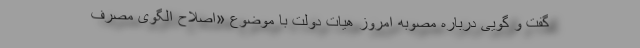
گفت و گویی درباره مصوبه امروز هیات دولت با موضوع «اصلاح الگوی مصرف